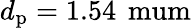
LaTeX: d_{\mathrm{p}}=1.54\, \mathrm{{\ mum}}